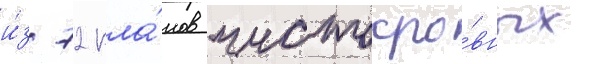
и́з 72 кла́нов чистокро́вных